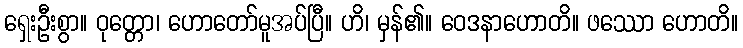
ရှေးဦးစွာ။ ဝုတ္တော၊ ဟောတော်မူအပ်ပြီ။ ဟိ၊ မှန်၏။ ဝေဒနာဟောတိ။ ဖဿော ဟောတိ။